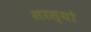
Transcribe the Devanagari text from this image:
सरस्‍यो